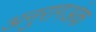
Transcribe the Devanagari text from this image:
अनुरागअंक